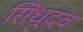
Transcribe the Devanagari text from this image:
सिंधुद्रव